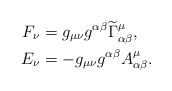
\begin{align*}F_{\nu} &= g_{\mu \nu} g^{\alpha \beta} \widetilde{\Gamma}^{\mu}_{\alpha \beta}, \\E_{\nu} &=-g_{\mu \nu}g^{\alpha \beta}A^{\mu}_{\alpha \beta}. \end{align*}